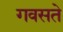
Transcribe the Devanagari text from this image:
गवसते